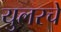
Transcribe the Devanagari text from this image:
युलरचे